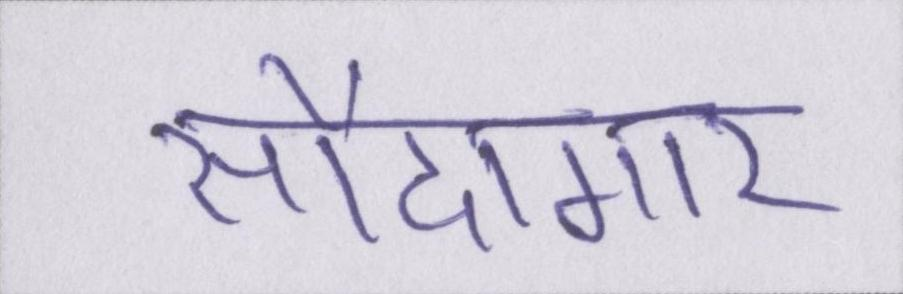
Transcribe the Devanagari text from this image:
सौदागार